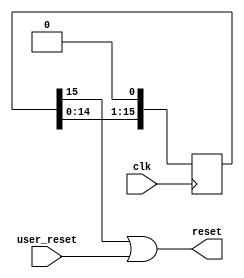
`timescale 1ns / 1ps
//////////////////////////////////////////////////////////////////////////////////
// Company: 
// Engineer: 
// 
// Design Name: 
// Module Name:    reset_controller 
// Project Name: 
// Target Devices: 
// Tool versions: 
// Description: 
//
// Dependencies: 
//
// Revision: 
// Revision 0.01 - File Created
// Additional Comments: 
//
//////////////////////////////////////////////////////////////////////////////////
//this should fix all our weird reset issues?
module reset_controller(
	input wire clk,
	input wire user_reset,
	output wire reset
    );
	 
	 
	 
	 reg [15:0] reset_timer = 16'hFFFF;
	 
	 assign reset = reset_timer[15] | user_reset; 
	 
	 always@(posedge clk)
	 begin
	 
	 reset_timer <= reset_timer<<1;
	 
	 end


endmodule